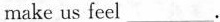
make us feel___.